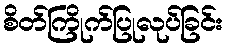
စိတ်ကြိုက်ပြုလုပ်ခြင်း